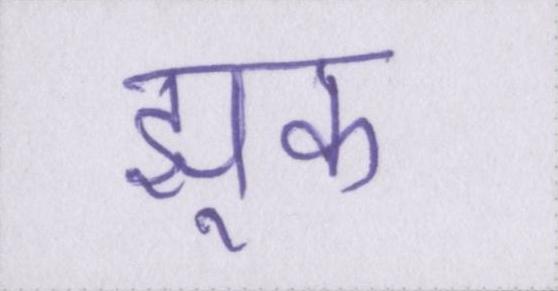
झुक